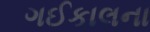
ગઈકાલના